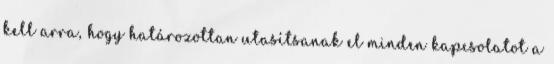
kell arra, hogy határozottan utasítsanak el minden kapcsolatot a